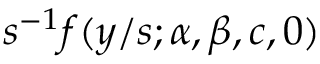
s ^ { - 1 } f ( y / s ; \alpha , \beta , c , 0 )